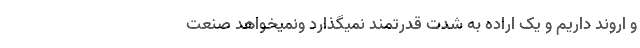
و اروند داریم و یک اراده به شدت قدرتمند نمیگذارد و‌نمیخواهد صنعت